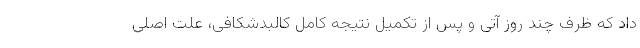
داد که ظرف چند روز آتی و پس از تکمیل نتیجه کامل کالبدشکافی، علت اصلی